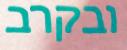
ובקרב